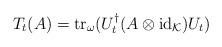
LaTeX: \begin{align*}T_t(A)=\operatorname{tr}_{\omega}(U_t^\dagger(A\otimes\operatorname{id}_{\mathcal K})U_t)\end{align*}